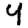
Digit: 4